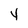
Character: 4